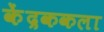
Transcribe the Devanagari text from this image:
केंद्रककला